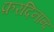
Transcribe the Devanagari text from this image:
फ़रदिनान्द